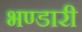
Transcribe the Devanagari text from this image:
भण्‍डारी